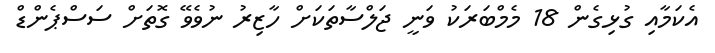
އެކަމާއި ގުޅިގެން 18 މެމްބަރަކު ވަނީ ޖަލްސާތަކަށް ހާޒިރު ނުވެވޭ ގޮތަށް ސަސްޕެންޑް